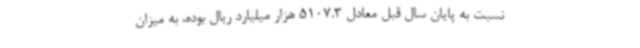
نسبت به پایان سال قبل معادل 5107.3 هزار میلیارد ریال بوده، به میزان